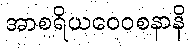
အာစရိယဝေဝစနာနိ